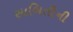
સાબિતીની